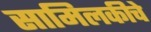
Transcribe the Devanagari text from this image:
सामिलकीचे